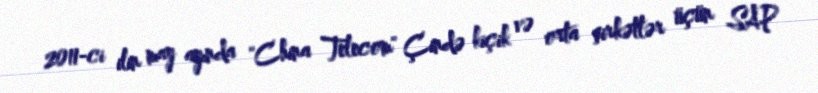
2011-ci ilin may ayında "China Telecom" Çində kiçik və orta şirkətlər üçün SAP